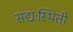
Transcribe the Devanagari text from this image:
सद्यःस्थिती